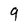
Character: 9